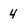
Character: 4